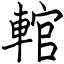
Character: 輨